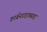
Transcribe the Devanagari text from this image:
कार्बनडाइक्साइ